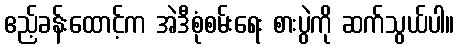
ဧည့်ခန်းထောင့်က အဲဒီစုံစမ်းရေး စားပွဲကို ဆက်သွယ်ပါ။